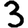
Digit: 3